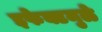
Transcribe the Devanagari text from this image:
इफेक्टमुळे